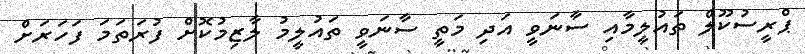
ޕްރީސުކޫލް ތައުލީމާއި ސާނަވީ އަދި މަތީ ސާނަވީ ތައުލީމު ލާޒިމުކޮށް ފުރަތަމަ ފަހަރަށް